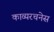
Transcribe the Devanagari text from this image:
काव्यरचनेस